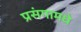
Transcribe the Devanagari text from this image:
प्रसंगामधे